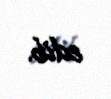
edib.